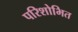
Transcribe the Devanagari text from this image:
परिशोभित